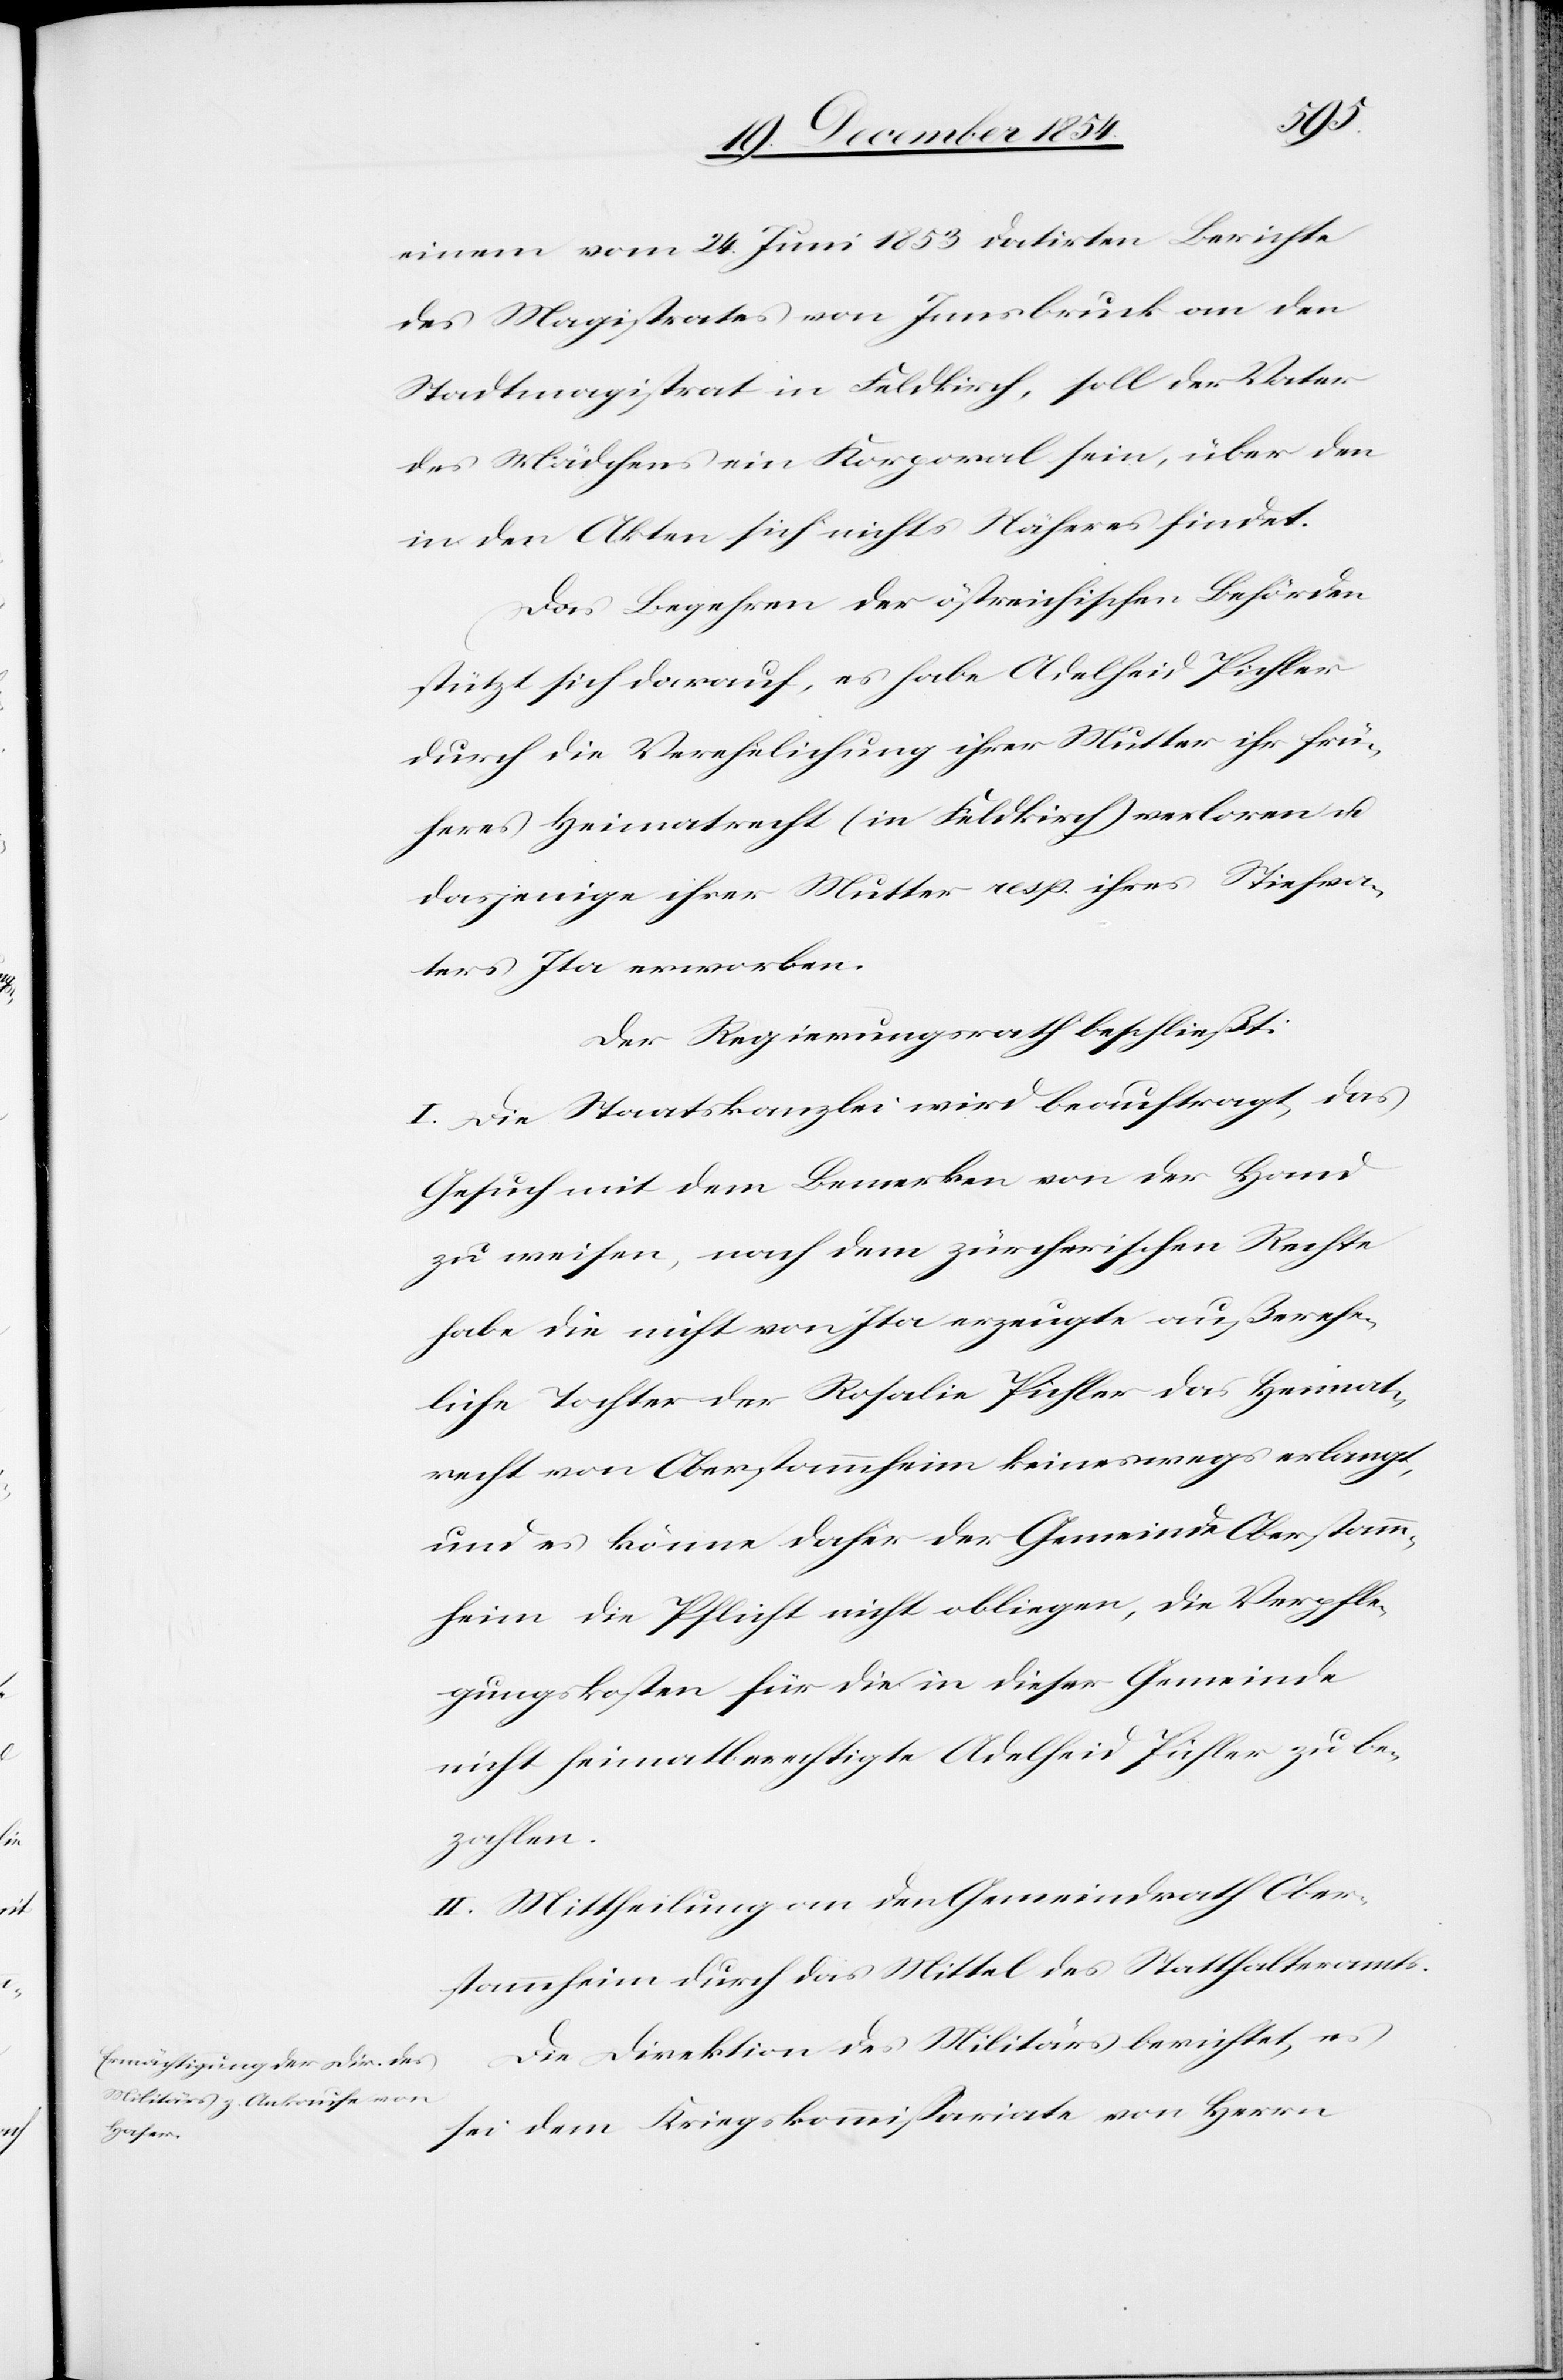
einem vom 24. Juni 1853 datirten Berichte
des Magistrates von Innsbruck an den
Stadtmagistrat in Feldkirch, soll der Vater
des Mädchens ein Korporal sein, über den
in den Akten sich nichts Näheres findet.
Das Begehren der östreichischen Behörden
stützt sich darauf, es habe Adelheid Pichler
durch die Verehelichung ihrer Mutter ihr frü¬
heres Heimatrecht (in Feldkirch) verloren u.
dasjenige ihrer Mutter resp. ihres Stiefva¬
ters Ita erworben.
Der Regierungsrath beschließt:
I. Die Staatskanzlei wird beauftragt, das
Gesuch mit dem Bemerken von der Hand
zu weisen, nach dem zürcherischen Rechte
habe die nicht von Ita erzeugte außerehe¬
liche Tochter der Rosalie Pichler das Heimat¬
recht von Oberstammheim keineswegs erlangt,
und es könne daher der Gemeinde Oberstamm¬
heim die Pflicht nicht obliegen, die Verpfle¬
gungskosten für die in dieser Gemeinde
nicht heimatberechtigten Adelheid Pichler zu be¬
zahlen.
II. Mittheilung an den Gemeindrath Ober¬
stammheim durch das Mittel des Statthalteramts.
Die Direktion des Militärs berichtet, es
sei dem Kriegskommißariate von Herrn